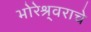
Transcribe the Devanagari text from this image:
भोरेश्र्वराचे